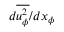
d \overline { { u _ { \phi } ^ { 2 } } } / d x _ { \phi }